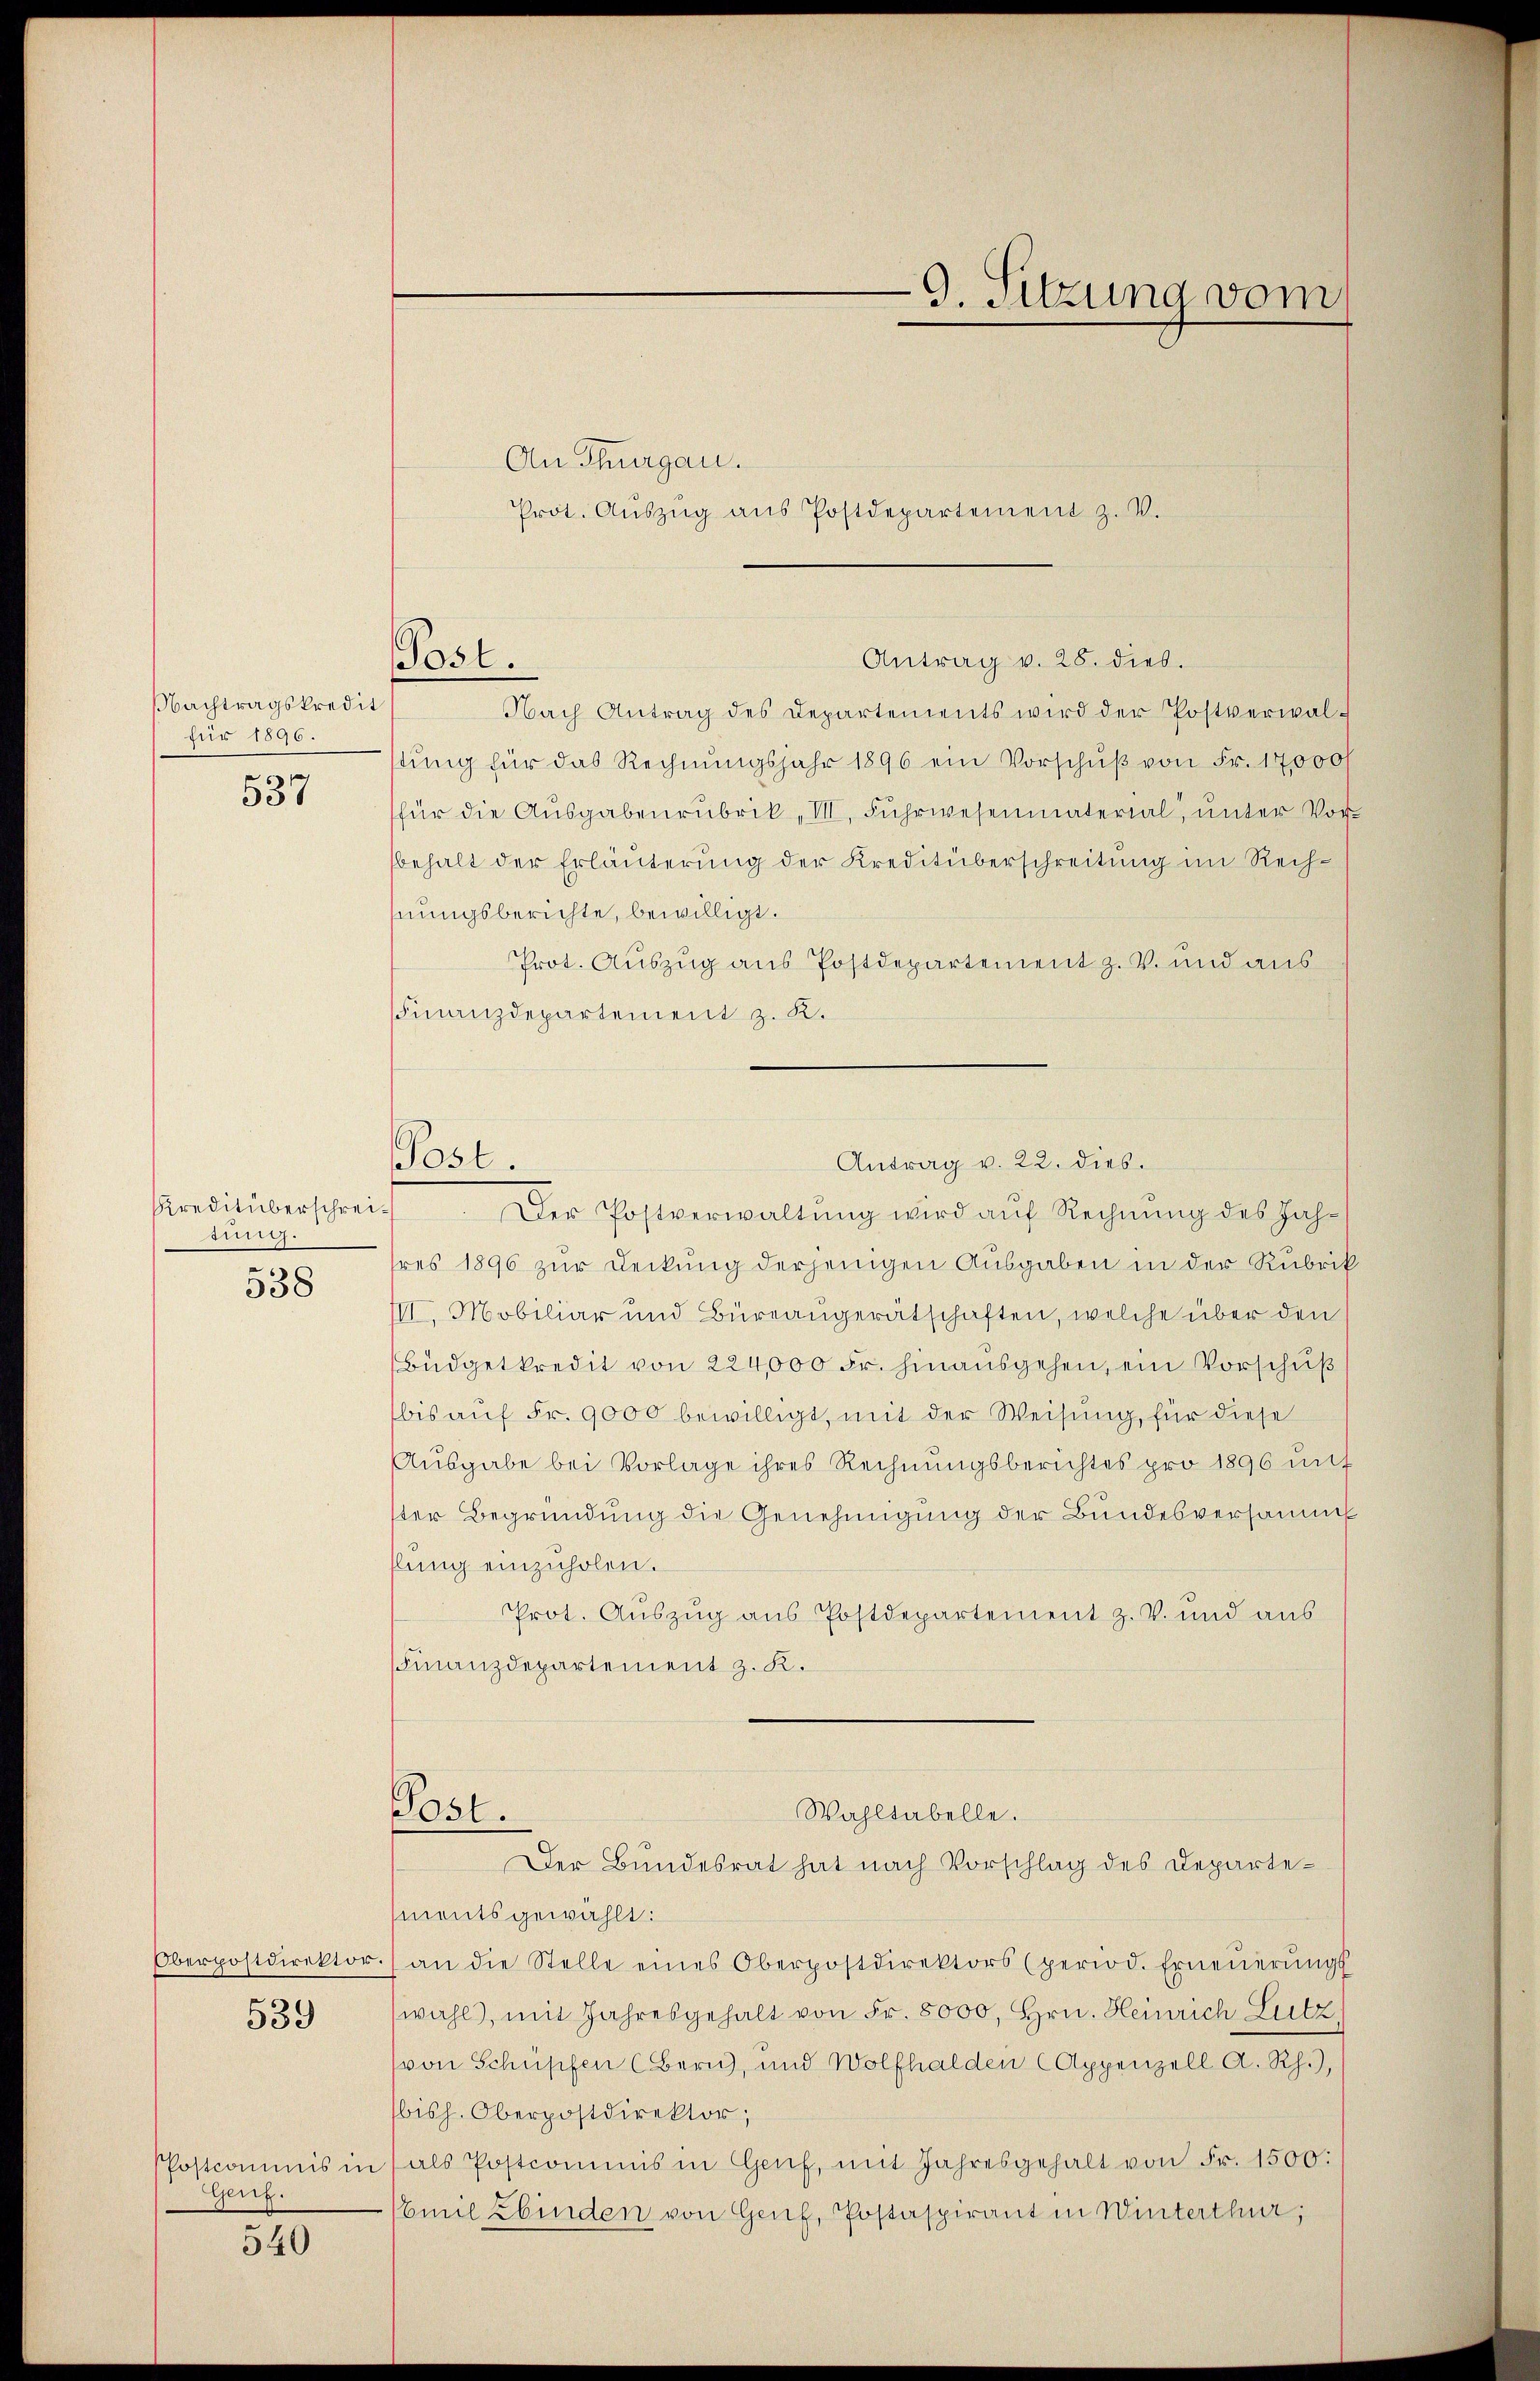
Nachtragskredit
für 1896.
537

Kreditüberschrei¬
27.
538

Oberpostdirektor
539

Postcommis in
Genf.

540

Post.

Post.

An Thurgau.
Prot. Aŭszŭg aŭs Postdepartement z. V.

9. Sitzung vom

Nach Antrag des Departements wird der Postverwalstŭng für das Rechnŭngsjahr 1896 ein Vorschŭβ von Fr. 17000 f
für die Aŭsgabenrubrik, VII. Fuhrwesenmaterial, unter Vor
behalt der Erläuterung der Kreditüberschreitung im Rechhnungsberichte, bewilligt.
Prot. Auszug aus Postdepartement z. v. und aus
Finanzdepartement z. B.
hres 1896 zur Deckung derjenigen Ausgaben in der Rubrik
III. Mobiliar und Büreangerätschaften, welche über den
Büdgetkredit von 224,000 Fr. hinausgehen, ein Vorschuß
bis auf Fr. 9000 bewilligt, mit der Weisung, für diese
Ausgabe bei Vorlage ihres Rechnungsberichtes pro 1896 unt
ster Begründŭng die Genehmigŭng der Bundesversamml
flung einzuholen.
Prot. Auszug aus Postdepartement z. V. und aŭs
Finanzdepartement z. K.
Post.
Wahltabelle.
Der Bundesrat hat nach Vorschlag des Departementsgewählt:
(an die Stelle eines Oberpostdirektors (period. Erneŭerŭngs-
wahl, mit Jahresgehalt von Fr. 8000, Hrn. Heinrich Lutz
(von Schupfen (Bern, und Wolfhalden (Appenzell A. Rh.),
bisch. Oberpostdirektor;
als Postcommis in Genf, mit Jahresgehalt von Fr. 1500.
Emil Ebinden von Genf, Postaspirant in Winterthur;

Antrag v. 28. dies.

Antrag v. 22. dies
Der Postverwaltung wird auf Rechnung des Jah¬